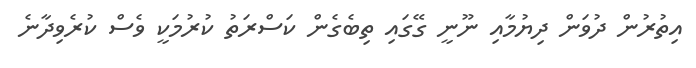
އިތުރުން ދުވަން ދިޔުމާއި ނޫނީ ގޭގައި ތިބެގެން ކަސްރަތު ކުރުމަކީ ވެސް ކުރެވިދާނެ